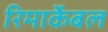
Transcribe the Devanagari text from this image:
रिमार्केबल